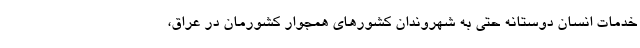
خدمات انسان دوستانه حتی به شهروندان کشورهای همجوار کشورمان در عراق،